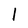
Character: l